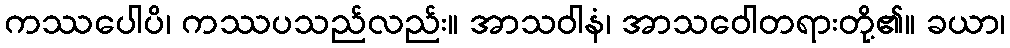
ကဿပေါပိ၊ ကဿပသည်လည်း။ အာသဝါနံ၊ အာသဝေါတရားတို့၏။ ခယာ၊